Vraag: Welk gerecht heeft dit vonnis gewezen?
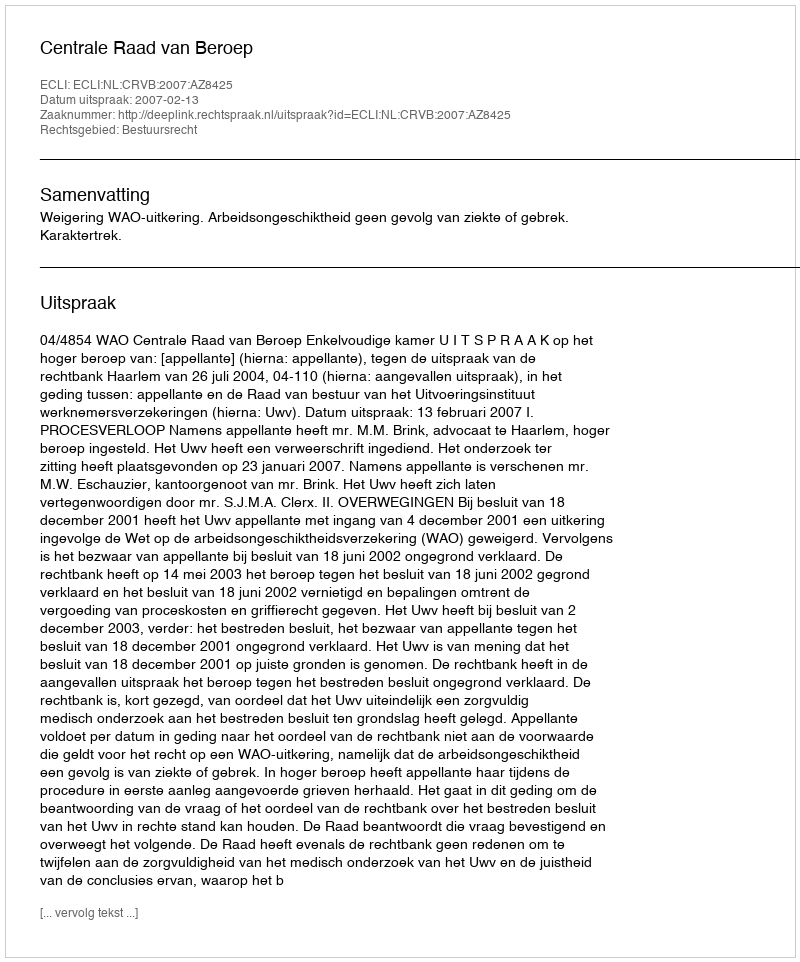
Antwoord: Centrale Raad van Beroep